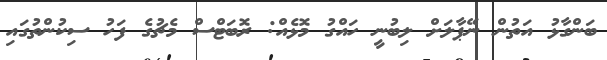
ބަންގާޅު އަތުން ނޭޕާލަށް ލިބުނީ ހައްގު މޮޅެއް: ރޮބަޓްސް މެޗުގެ ފަހު ސިކުންތުގައި